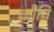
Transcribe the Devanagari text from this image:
कौत्ति